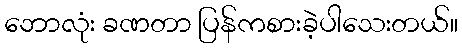
ဘောလုံး ခဏတာ ပြန်ကစားခဲ့ပါသေးတယ်။